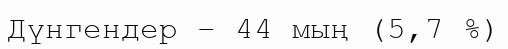
Дүнгендер – 44 мың (5,7 %)